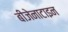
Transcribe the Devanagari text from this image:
बीजेनाटाइन